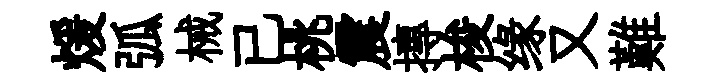
煖弧械已桃震摶梭缘又難